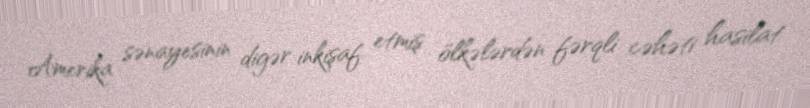
Amerika sənayesinin digər inkişaf etmiş ölkələrdən fərqli cəhəti hasilat